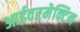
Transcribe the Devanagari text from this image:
आईवरमेक्टिन